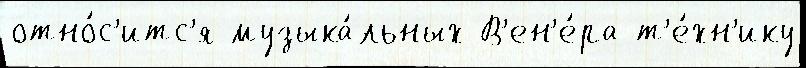
отно́с'итс'я музыка́льных В'ен'е́ра т'е́хн'ику